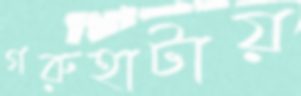
গরুহাটায়